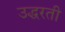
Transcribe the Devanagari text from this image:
उद्धरती